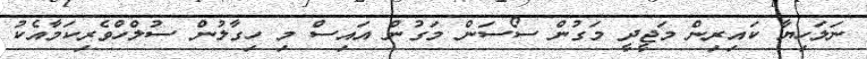
ނަލަހިޔާ ކައިރިން މަޖީދީ މަގުން ސޯސަން މަގުން އައިސް މި ހިގާލުން ސުލްހްވެރިކަމާއެކު